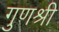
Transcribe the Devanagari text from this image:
गुणश्री